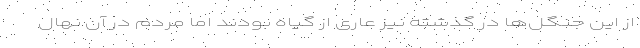
از این جنگل‌ها در گذشته نیز عاری از گیاه بودند اما مردم در آن نهال